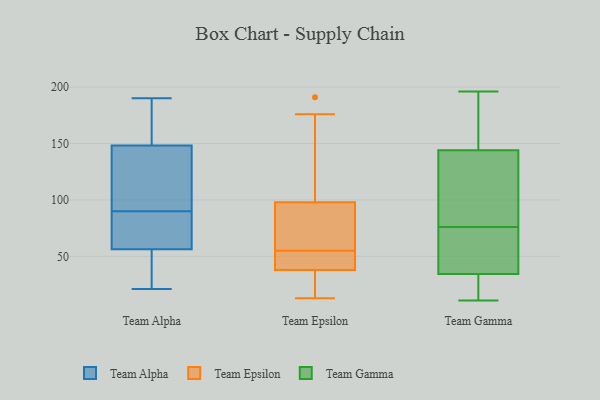
{"axis": {"x": "Production Output", "y": "Value"}, "legend": ["Team Alpha", "Team Epsilon", "Team Gamma"], "data": [{"x": "", "y": 38, "type": "Team Alpha"}, {"x": "", "y": 158, "type": "Team Alpha"}, {"x": "", "y": 190, "type": "Team Alpha"}, {"x": "", "y": 27, "type": "Team Alpha"}, {"x": "", "y": 53, "type": "Team Alpha"}, {"x": "", "y": 90, "type": "Team Alpha"}, {"x": "", "y": 35, "type": "Team Alpha"}, {"x": "", "y": 21, "type": "Team Alpha"}, {"x": "", "y": 88, "type": "Team Alpha"}, {"x": "", "y": 88, "type": "Team Alpha"}, {"x": "", "y": 66, "type": "Team Alpha"}, {"x": "", "y": 161, "type": "Team Alpha"}, {"x": "", "y": 158, "type": "Team Alpha"}, {"x": "", "y": 93, "type": "Team Alpha"}, {"x": "", "y": 101, "type": "Team Alpha"}, {"x": "", "y": 156, "type": "Team Alpha"}, {"x": "", "y": 125, "type": "Team Alpha"}, {"x": "", "y": 117, "type": "Team Alpha"}, {"x": "", "y": 70, "type": "Team Alpha"}, {"x": "", "y": 176, "type": "Team Epsilon"}, {"x": "", "y": 38, "type": "Team Epsilon"}, {"x": "", "y": 13, "type": "Team Epsilon"}, {"x": "", "y": 82, "type": "Team Epsilon"}, {"x": "", "y": 65, "type": "Team Epsilon"}, {"x": "", "y": 33, "type": "Team Epsilon"}, {"x": "", "y": 45, "type": "Team Epsilon"}, {"x": "", "y": 41, "type": "Team Epsilon"}, {"x": "", "y": 191, "type": "Team Epsilon"}, {"x": "", "y": 98, "type": "Team Epsilon"}, {"x": "", "y": 55, "type": "Team Gamma"}, {"x": "", "y": 86, "type": "Team Gamma"}, {"x": "", "y": 41, "type": "Team Gamma"}, {"x": "", "y": 44, "type": "Team Gamma"}, {"x": "", "y": 16, "type": "Team Gamma"}, {"x": "", "y": 25, "type": "Team Gamma"}, {"x": "", "y": 130, "type": "Team Gamma"}, {"x": "", "y": 28, "type": "Team Gamma"}, {"x": "", "y": 132, "type": "Team Gamma"}, {"x": "", "y": 196, "type": "Team Gamma"}, {"x": "", "y": 186, "type": "Team Gamma"}, {"x": "", "y": 11, "type": "Team Gamma"}, {"x": "", "y": 156, "type": "Team Gamma"}, {"x": "", "y": 83, "type": "Team Gamma"}, {"x": "", "y": 51, "type": "Team Gamma"}, {"x": "", "y": 108, "type": "Team Gamma"}, {"x": "", "y": 166, "type": "Team Gamma"}, {"x": "", "y": 180, "type": "Team Gamma"}, {"x": "", "y": 21, "type": "Team Gamma"}, {"x": "", "y": 69, "type": "Team Gamma"}]}